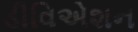
ડીવિએશન